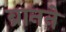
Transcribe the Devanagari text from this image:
ब्रानने